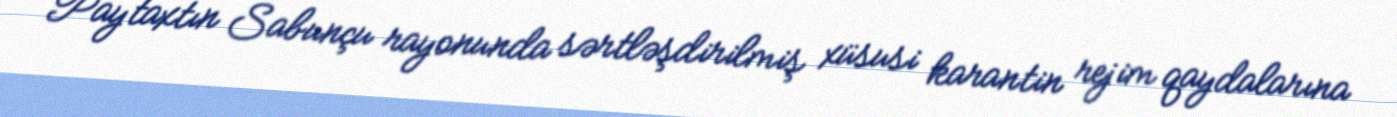
Paytaxtın Sabunçu rayonunda sərtləşdirilmiş xüsusi karantin rejim qaydalarına